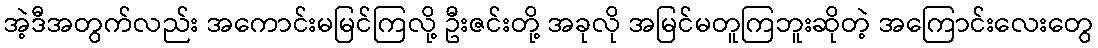
အဲ့ဒီအတွက်လည်း အကောင်းမမြင်ကြလို့ ဦးဇင်းတို့ အခုလို အမြင်မတူကြဘူးဆိုတဲ့ အကြောင်းလေးတွေ